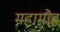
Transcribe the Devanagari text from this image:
महामोह